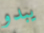
يبدو